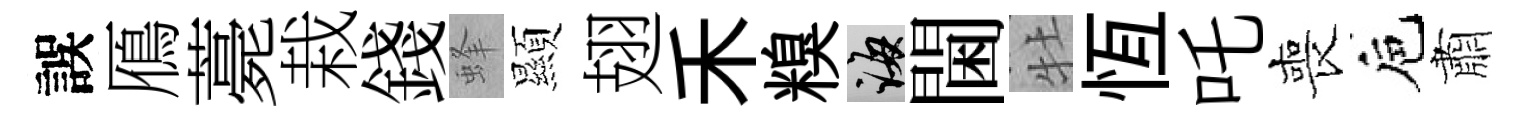
誤鴈薧栽錢蜂顯翅禾糗誨閫牡恆吒喪巵肅